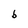
Character: b